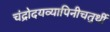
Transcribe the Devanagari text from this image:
चंद्रोदयव्यापिनीचतुर्थी